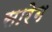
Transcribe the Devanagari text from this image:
सारेग